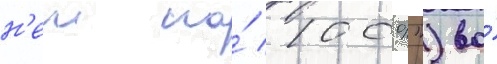
н'еи на́ 100%") во́